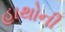
હાથોની